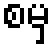
စမှ